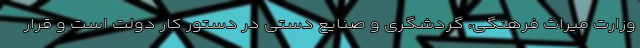
وزارت میراث فرهنگی، گردشگری و صنایع دستی در دستور کار دولت است و قرار